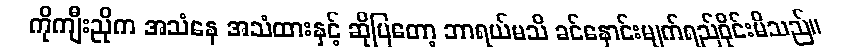
ကိုကျီးညိုက အသံနေ အသံထားနှင့် ဆိုပြတော့ ဘာရယ်မသိ ခင်နှောင်းမျက်ရည်ဝိုင်းမိသည်။